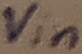
Text: Vin